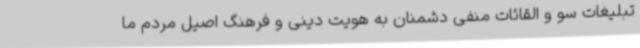
تبلیغات سو و القائات منفی دشمنان به هویت دینی و فرهنگ اصیل مردم ما